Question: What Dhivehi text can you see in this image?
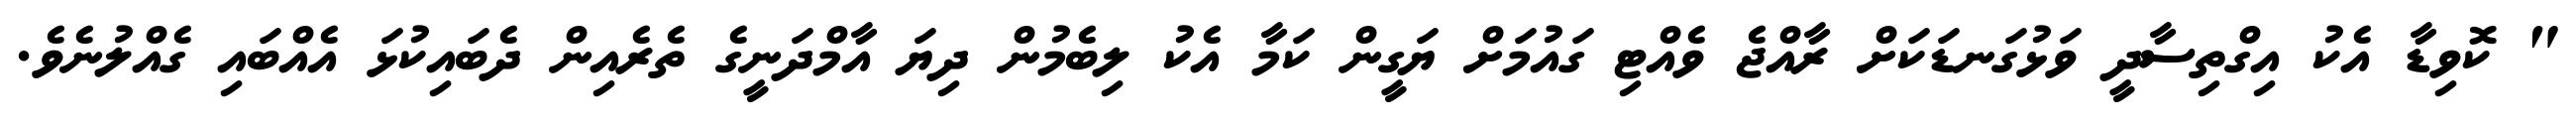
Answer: " ކޮވިޑާ އެކު އިގްތިސާދީ ވަޅުގަނޑަކަށް ރާއްޖެ ވެއްޓި ގައުމަށް ޔަގީން ކަމާ އެކު ލިބެމުން ދިޔަ އާމްދަނީގެ ތެރެއިން ދެބައިކުޅަ އެއްބައި ގެއްލުނެވެ.